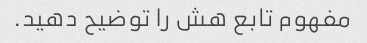
مفهوم تابع هش را توضیح دهید.